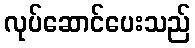
လုပ်ဆောင်ပေးသည်